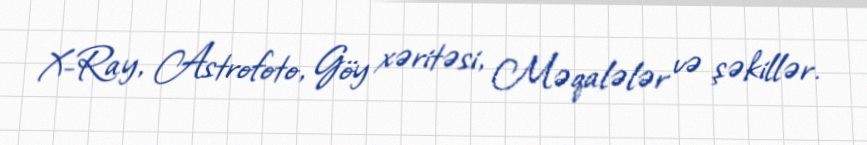
X-Ray, Astrofoto, Göy xəritəsi, Məqalələr və şəkillər.